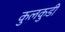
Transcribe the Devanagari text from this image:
कुलकुडी